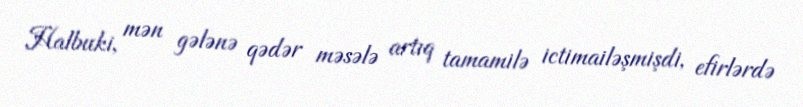
Halbuki, mən gələnə qədər məsələ artıq tamamilə ictimailəşmişdi, efirlərdə